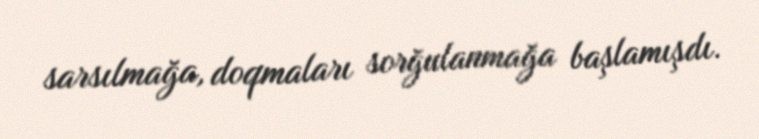
sarsılmağa, doqmaları sorğulanmağa başlamışdı.